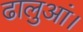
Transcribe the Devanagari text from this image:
ढालुआं।